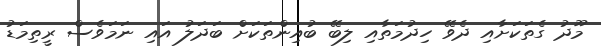
މޫދު ގެތަކަށާއި ދެވޭ ހިދުމަތާއި ލިބޭ ބުއިންތަކަށް ބަދަލު އައި ނަމަވެސް ރީތިމަޑު